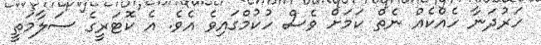
ހަރުދަނާ ހެއްކެއް ނެތް ކަމަށް ވެސް ހުކުމްގައިވެ އެވެ. އެ ކޮޓަރީގެ ސަލާމަތީ